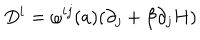
LaTeX: D ^ { i } = \omega ^ { i j } ( a ) ( \partial _ { j } + \beta \partial _ { j } H )